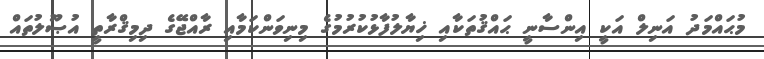
މުޙައްމަދު އަނިލް އަކީ އިންސާނީ ޙައްޤުތަކާއި ޚިޔާލުފާޅުކުރުމުގެ މިނިވަންކަމާއި ރާއްޖޭގެ ދިމިޤްރާތީ އުޞޫލުތައް